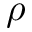
\rho